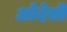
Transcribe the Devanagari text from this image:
ओदेसी